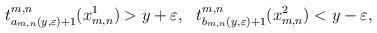
LaTeX: \begin{align*}\begin{aligned}t_{a_{m,n}(y,\varepsilon)+1}^{m,n}(x_{m,n}^1) &> y+\varepsilon, & t_{b_{m,n}(y,\varepsilon)+1}^{m,n}(x_{m,n}^2) &< y-\varepsilon, \end{aligned}\end{align*}